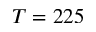
T = 2 2 5